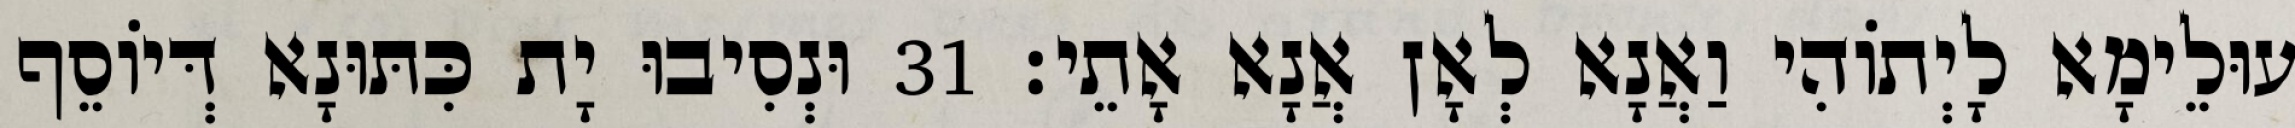
עוּלֵימָא לָיְתוֹהִי וַאֲנָא לְאָן אֲנָא אָתֵי׃ 31 וּנְסִיבוּ יָת כִּתּוּנָא דְּיוֹסֵף